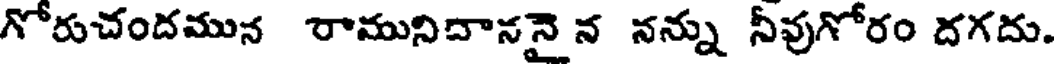
గోరుచందమున రామునిదాననై న నన్ను నీవుగోరం దగదు.